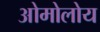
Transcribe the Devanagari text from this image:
ओमोलोय